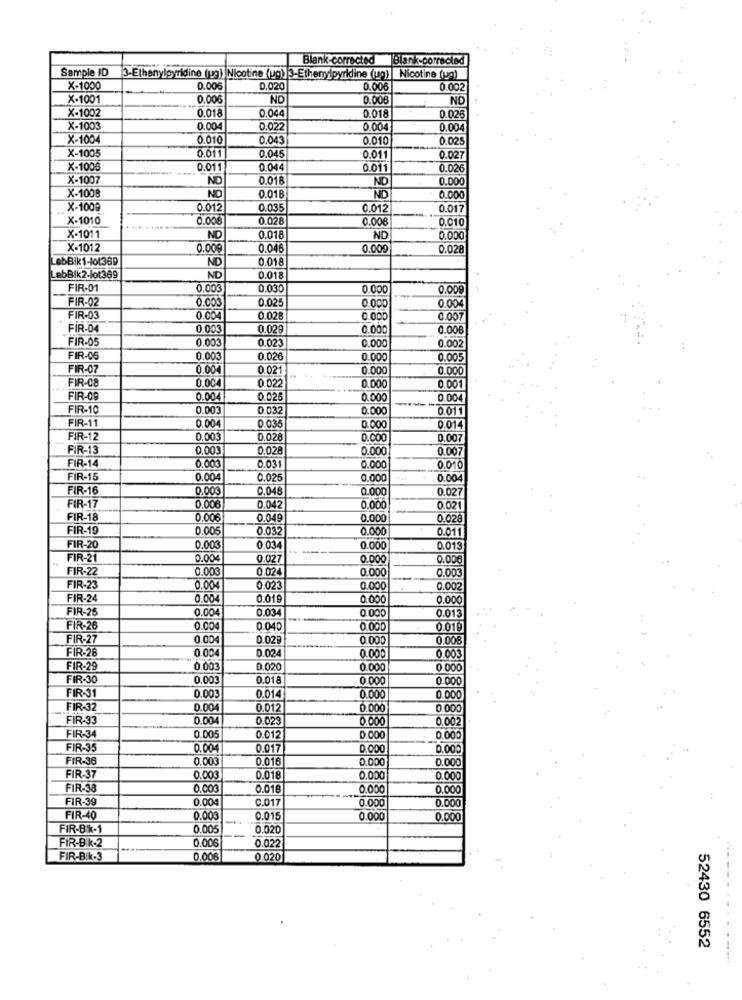
Blank-corrected
Blank-corrected
Sample ID
3-Ethenylpyridine (pg) Nicotine (up) 3-Ethenylpyridine (up) | Nicotine (ug)
X-1000
0.006
D.020
0.00€
0.002
X-1001
0.006
ND
0.000
ND
X-1002
0.018
0.044
0.018
0.025
X-1003
0.004
0.022
0.004
0.004
X-1004
0.010
0.043
0.010
0.025
X-1005
0.011
0.045
0.011
0.027
X-1006
0.011
0.04
0.011
0.026
X-1007
ND
0.01B
ND
0.00
ND
X-1008
0.01B
ND
0.000
X-1009
0.012
0.035
0.012
0.017
X-1010
0.00€
0.028
0.000
0.010
X-1011
ND
0.018
ND
0.00
X-1012
0.009
0.046
0.009
0.028
LobBik1-101369
ND
0.018
LebBlk2-lot369
ND
0.018
FIR-01
0.003
0.030
0.000
0.009
FIR-02
0.003
0.025
0.004
FIR-03
0.004
0.028
0.000
0.007
FIR-04
0.003
0.029
0.000
0.00€
FIR-05
0.003
0.023
0.00
0.00
FIR-06
0.003
0.026
0.000
0.005
FIR-07
0.004
0.021
0.000
0.000
FIR-08
0.022
0.00
0.004
0.001
FIR-OP
0.00
.025
0.000
0.004
FIR-10
0.00
03
0.000
0.011
0.004
FIR-11
0.03
0.01
FIR-12
0.00
0.02
0.000
0.007
FIR-13
0.003
0.028
0.000
0.007
FIR-14
0.031
0.00€
0.000
0.010
FIR-15
0.004
0.025
0.000
0.004
FIR-16
0.00
0.04
0.000
0.027
0.00
0.04
FIR-17
0.000
0.021
FIR-18
0.00€
0.049
0.000
0.028
FIR-19
0.005
0.032
0.000
0.011
FIR-20
0.003
0.03
0.000
0.013
FIR-21
0.00
0.027
0.000
0.006
FIR-22
0.003
0.024
0.000
0.003
FIR-23
0.00
0.02.
0.000
0.002
FIR-24
0.004
0.01
0.000
0.000
FIR-26
0.004
0.03
0.000
0.013
FIR-26
0.000
0.040
0.000
0.019
FIR-2
0.004
0.02
0.006
FIR-28
0.00
0.02.
0.000
0.003
FIR-29
0.003
0.020
0.000
0 000
FIR-30
0.00
0.018
0.000
0 000
FIR-31
0.003
0.014
0.000
0.000
FIR-37
0.004
0.012
0.000
0.000
FIR-33
0.004
0.023
0.000
0.002
FIR-3
0.00
0.012
0.000
0.000
FIR-35
0.00.
0.017
0.000
0.000
FIR-36
0.003
0.016
0,000
0.000
FIR-37
0.000
0.018
0.000
0.000
FIR-38
0.000
0.018
0.000
0.000
FIR-39
0.00
0.017
0.000
0.000
FIR-40
0.000
0.015
0.000
0.000
FIR-B/k-1
0.00
0.020
FIR-B.k.2
0.006
0.022
FIR-B/k-3
0.006
0.020
52430 6552